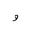
Letter: _waw